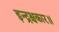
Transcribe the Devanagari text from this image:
इन्द्रश्चकार॥